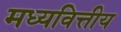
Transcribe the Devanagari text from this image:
मध्यवित्तीय